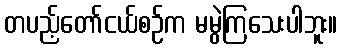
တပည့်တော်ငယ်စဉ်က မမွဲကြသေးပါဘူး။